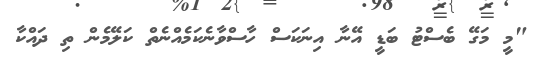
"މީ މަގޭ ބެސްޓު ބަޑީ އޭނާ އިނަކަސް ހާސްވާނެކަމެއްނެތް ކަލޭމެން ތި ދައްކާ